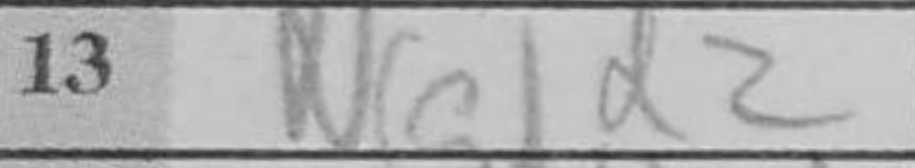
Transcription: Ngd2